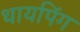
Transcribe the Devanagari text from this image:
थायपिंग